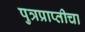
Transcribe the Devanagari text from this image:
पुत्रप्राप्‍तीचा